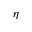
\eta